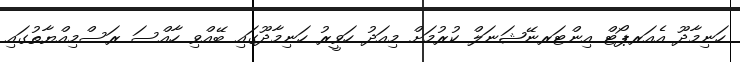
ހަނިމާދޫ އެއަރޕޯޓް އިންޓަރނޭޝަނަލް ކުރުމަށް މިއަދު ހަވީރު ހަނިމާދޫގައި ބޭއްވި ހާއްސަ ރަސްމިއްޔާތުގައި